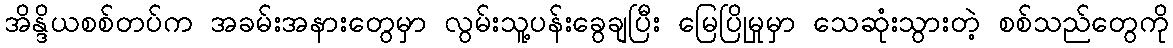
အိန္ဒိယစစ်တပ်က အခမ်းအနားတွေမှာ လွမ်းသူ့ပန်းခွေချပြီး မြေပြိုမှုမှာ သေဆုံးသွားတဲ့ စစ်သည်တွေကို